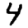
Digit: 4